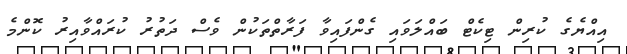
އިއްޔެގެ ކުރިން ޓިކެޓް ބައްލަވައި ގެންފައިވާ ފަރާތްތަކުން ވެސް ދަތުރު ކުރައްވާއިރު ކޮންމެ